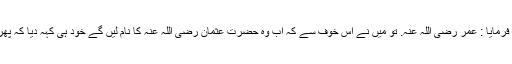
انہوں نے فرمایا : عمر رضی اللہ عنہ. تو میں نے اس خوف سے کہ اب وہ حضرت عثمان رضی اللہ عنہ کا نام لیں گے خود ہی کہہ دیا کہ پھر آپ ہیں؟